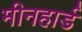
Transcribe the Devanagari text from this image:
मीनहार्ड